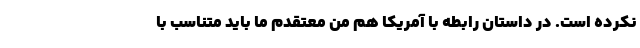
نکرده است. در داستان رابطه با آمریکا هم من معتقدم ما باید متناسب با